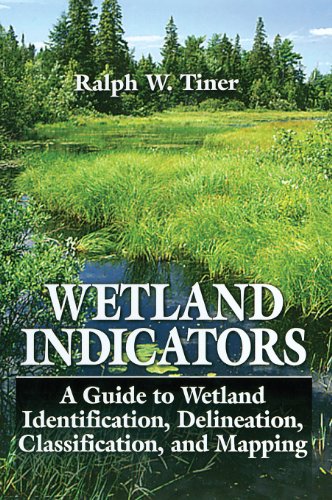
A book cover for Wetland Indicators: A Guide to Wetland Identification, Delineation, Classification, and Mapping; Ralph W. Tiner; Science & Math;